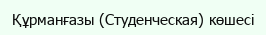
Құрманғазы (Студенческая) көшесі